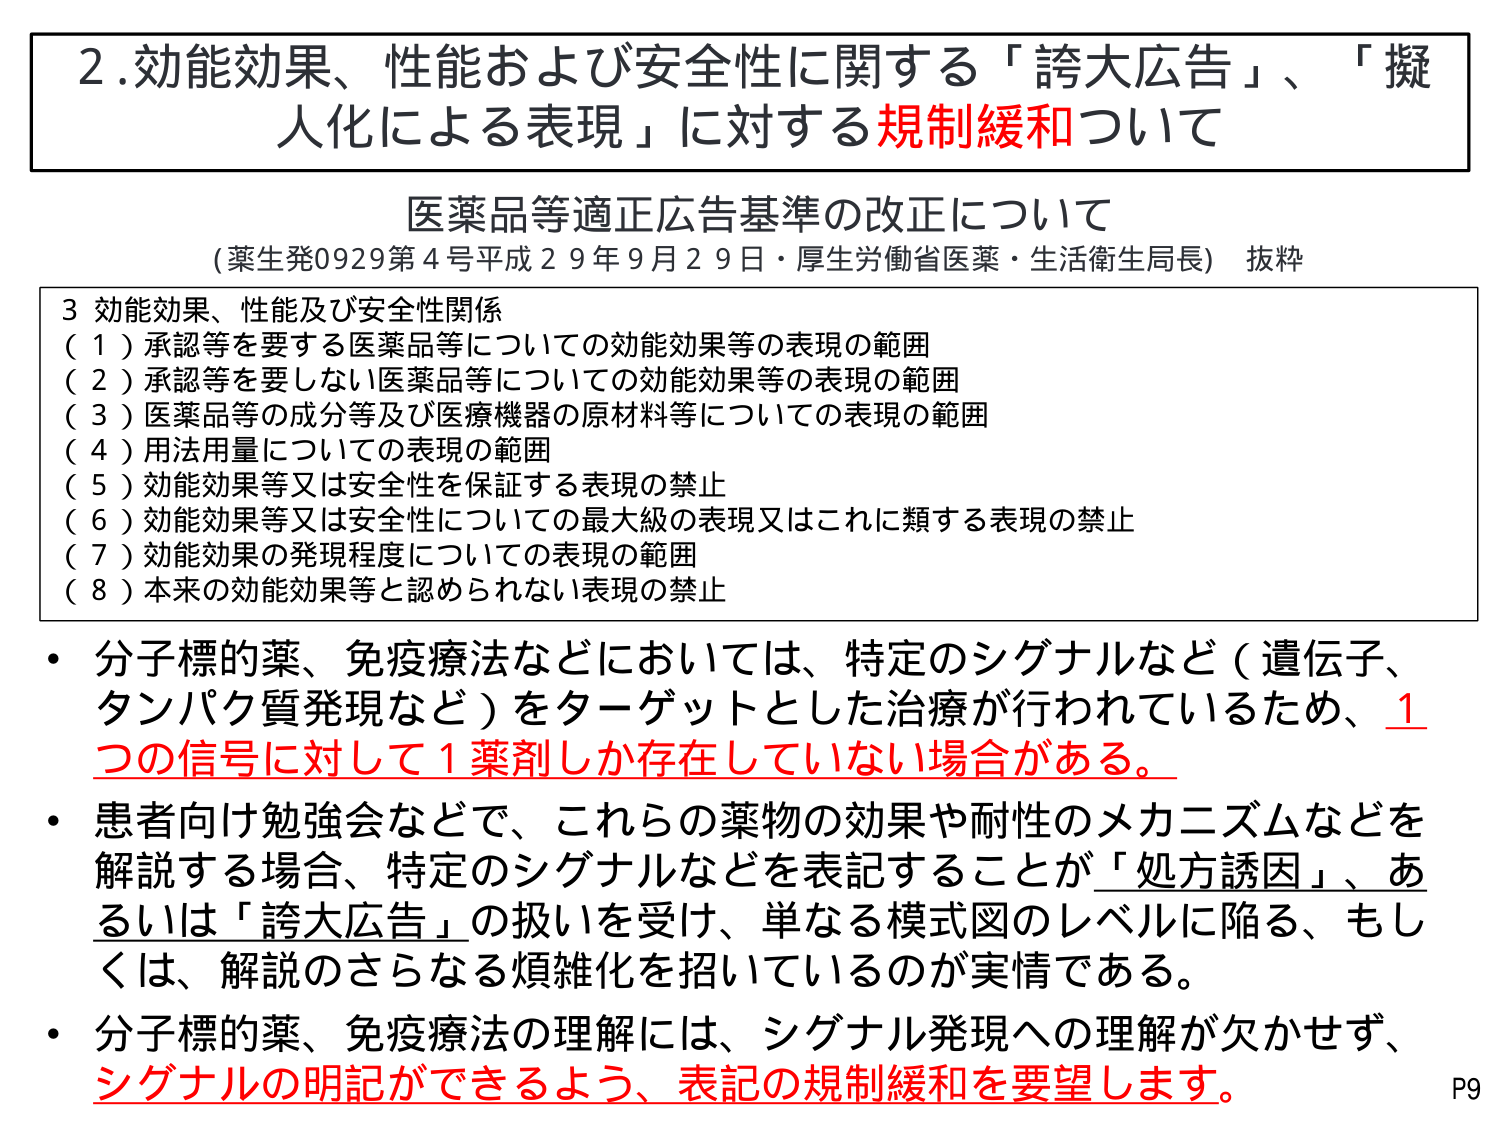
2. 効能効果、性能および安全性に関する「誇大広告」、「擬人化による表現」に対する規制緩和について

医薬品等適正広告基準の改正について
（薬生発0929第4号 平成29年9月29日・厚生労働省医薬・生活衛生局長） 抜粋

3 効能効果、性能及び安全性関係
（1）承認等を要する医薬品等についての効能効果等の表現の範囲
（2）承認等を要しない医薬品等についての効能効果等の表現の範囲
（3）医薬品等の成分等及び医療機器の原材料等についての表現の範囲
（4）用法用量についての表現の範囲
（5）効能効果等又は安全性を保証する表現の禁止
（6）効能効果等又は安全性についての最大級の表現又はこれに類する表現の禁止
（7）効能効果の発現程度についての表現の範囲
（8）本来の効能効果等と認められない表現の禁止

・分子標的薬、免疫療法などにおいては、特定のシグナルなど（遺伝子、タンパク質発現など）をターゲットとした治療が行われているため、1つの信号に対して1薬剤しか存在していない場合がある。

・患者向け勉強会などで、これらの薬物の効果や耐性のメカニズムなどを解説する場合、特定のシグナルなどを表記することが「処方誘因」、あるいは「誇大広告」の扱いを受け、単なる模式図のレベルに陥る、もしくは、解説のさらなる煩雑化を招いているのが実情である。

・分子標的薬、免疫療法の理解には、シグナル発現への理解が欠かせず、シグナルの明記ができるよう、表記の規制緩和を要望します。

P9